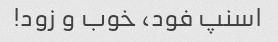
اسنپ فود، خوب و زود!